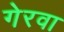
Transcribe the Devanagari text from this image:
गेरवा